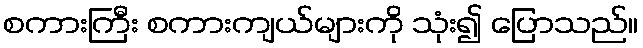
စကားကြီး စကားကျယ်များကို သုံး၍ ပြောသည်။